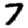
Digit: 7